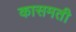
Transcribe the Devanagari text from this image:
कासमती